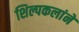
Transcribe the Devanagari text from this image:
शिल्पकलांने